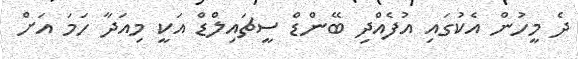
ދެ މީހުން އެކުގައި އުފެއްދި ބޭންޑް ސީޗައިލްޑް އަކީ މިއަދާ ހަމަ އަށް